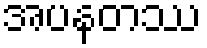
အပနတဿ